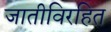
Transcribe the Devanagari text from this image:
जातीविरहित